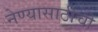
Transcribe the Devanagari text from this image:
नेण्यासाठीची